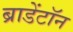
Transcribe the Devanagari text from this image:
ब्राडेंटॉन